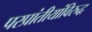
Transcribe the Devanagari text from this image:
परप्रांतीयांविरुद्ध